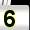
Digit: 5